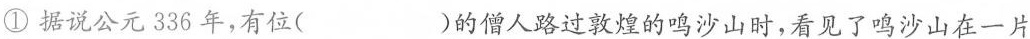
①据说公元336年，有位( )的僧人路过敦煌的鸣沙山时，看见了鸣沙山在一片